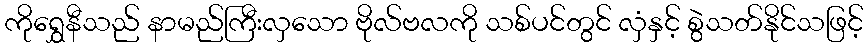
ကိုရွှေနီသည် နာမည်ကြီးလှသော ဗိုလ်ဗလကို သစ်ပင်တွင် လှံနှင့် စွဲသတ်နိုင်သဖြင့်